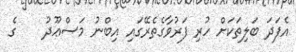
އެފަދަ ބަލިތަކަށް ހުރި ފަރުވާގެތެރޭގައި އިބްނު މަސްޢޫދު    ގެ